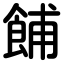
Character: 餔